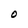
Character: O